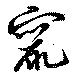
竄